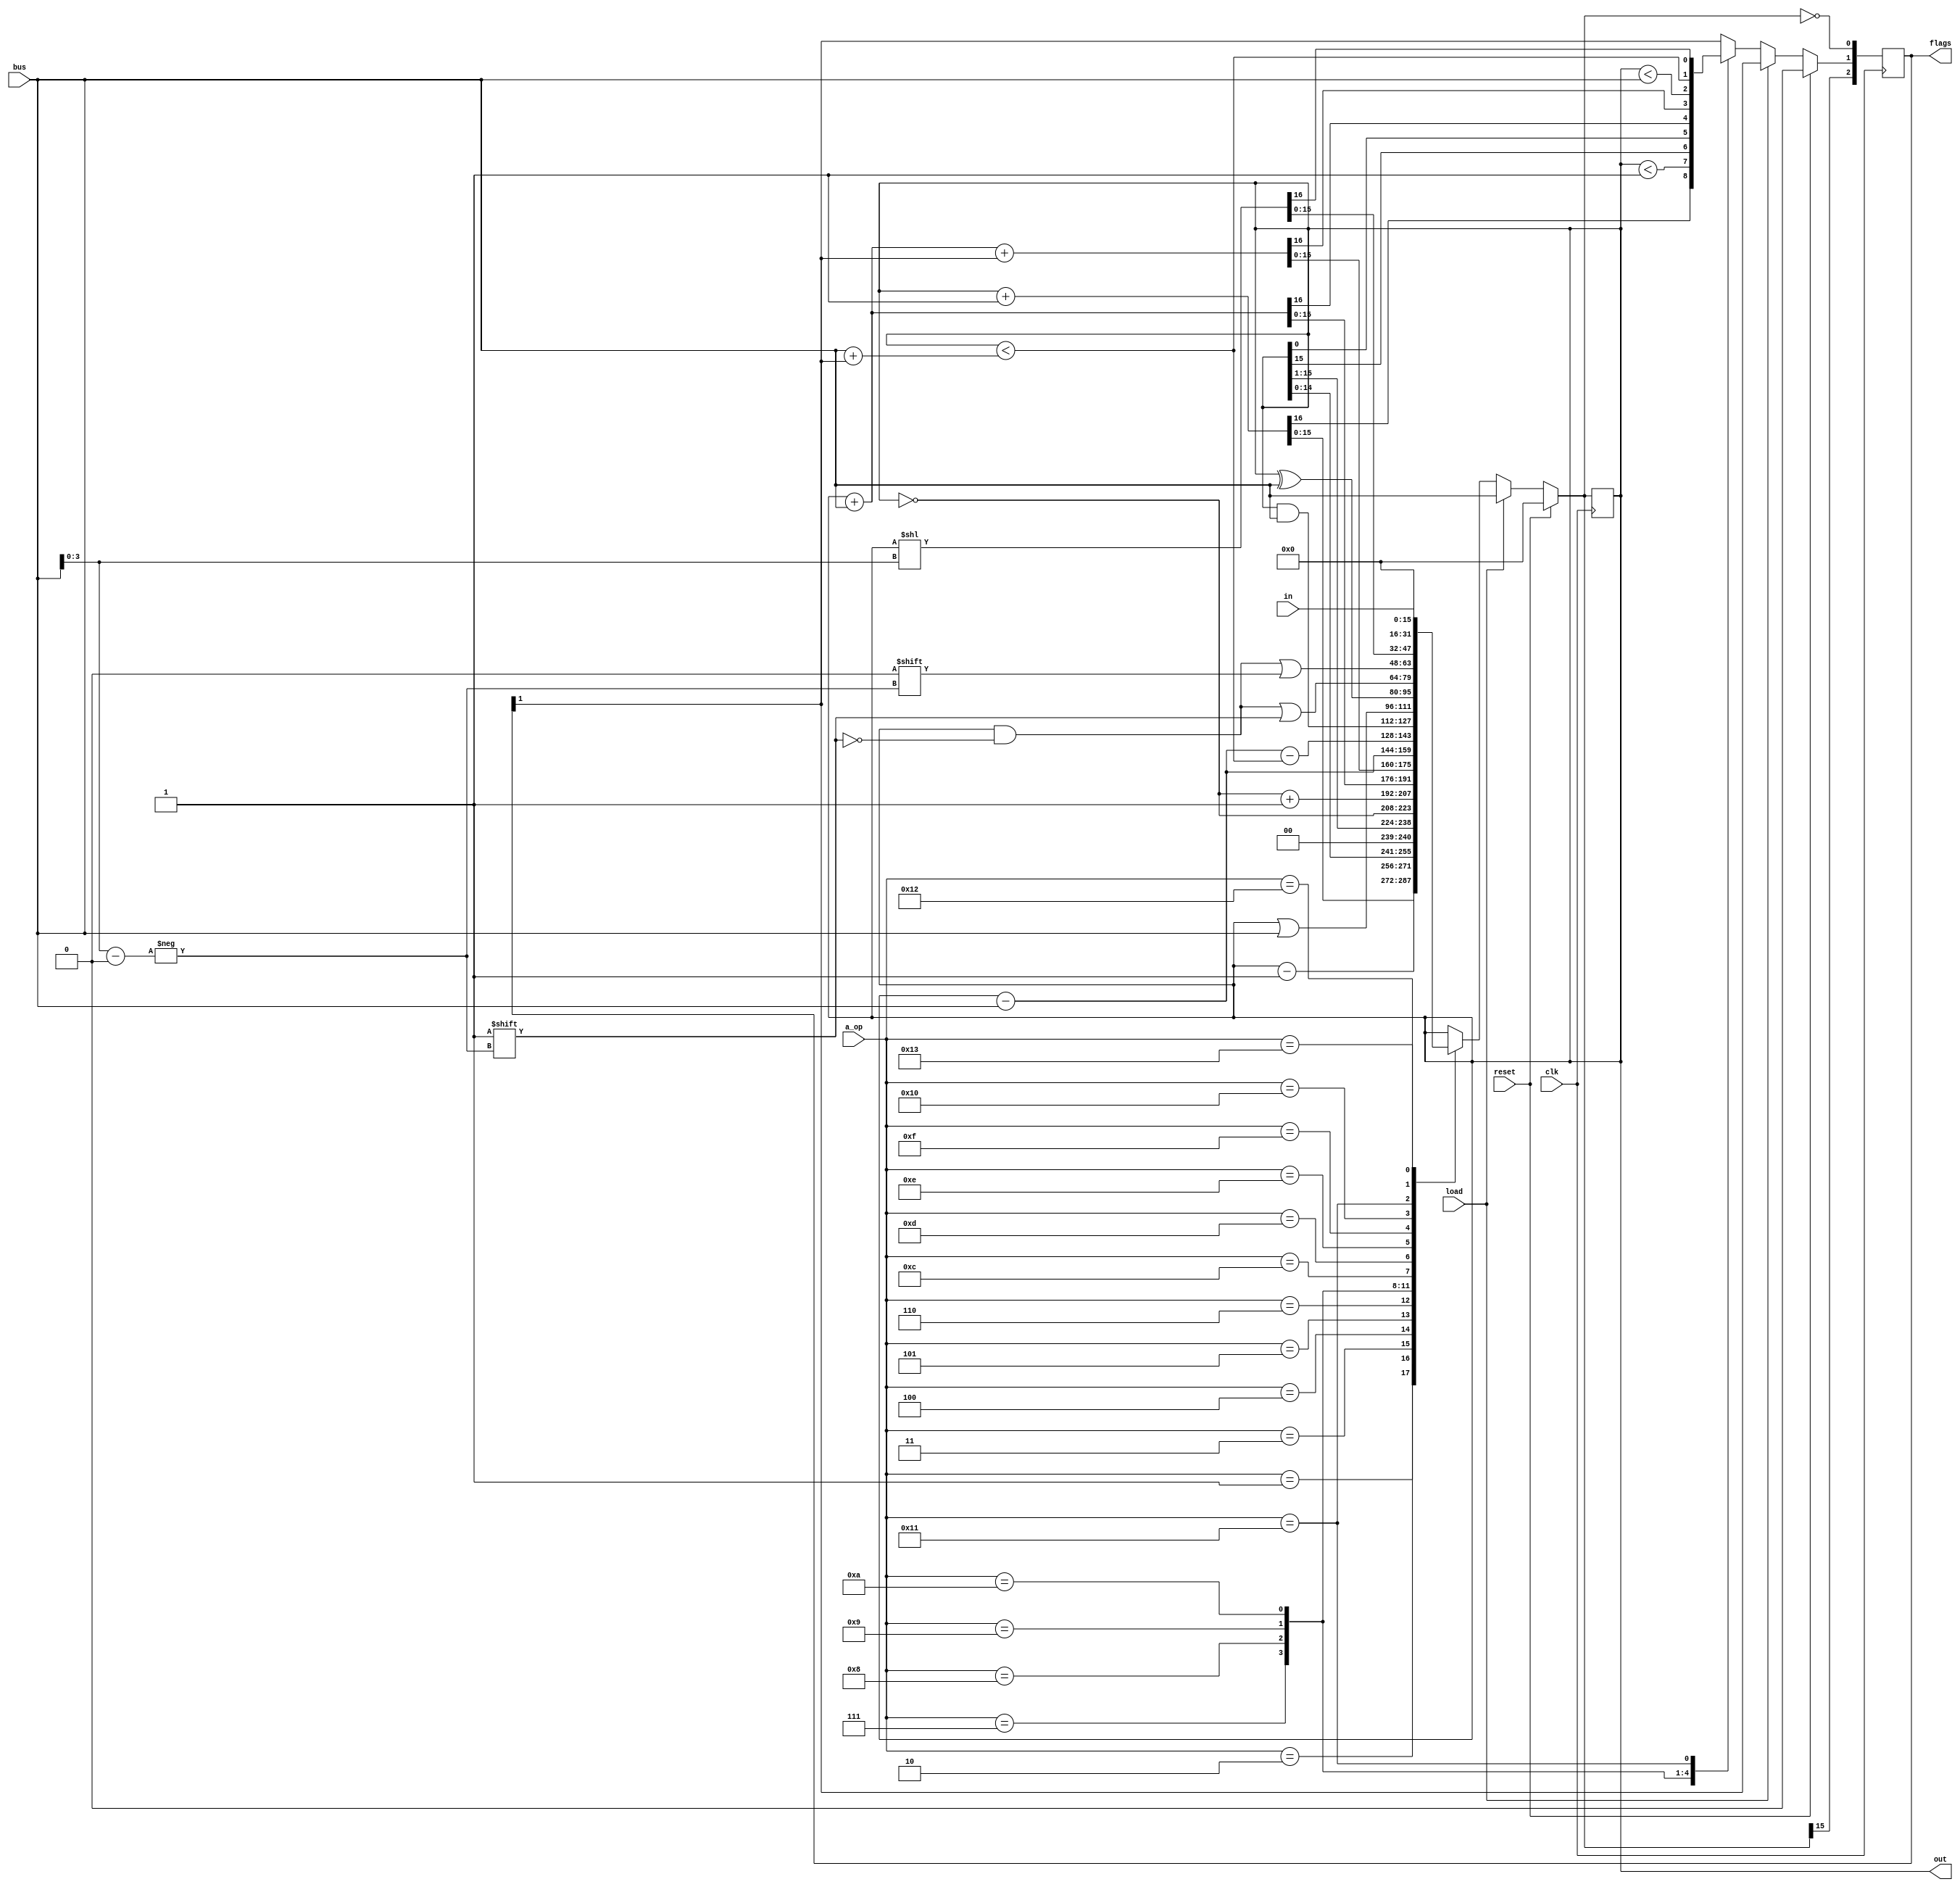
module a(
    input clk,
    input load,
    input[4:0] a_op,
    input[15:0] bus,
    input[15:0] in,
    output[15:0] out,
    output[2:0] flags,
    input reset
);

//a ops
localparam A_INC = 1;
localparam A_DEC = 2;
localparam A_RTL = 3;
localparam A_RTR = 4;
localparam A_NOT = 5;
localparam A_COM = 6;
localparam A_ADD = 7;
localparam A_ADC = 8;
localparam A_SUB = 9;
localparam A_SBB = 10;
localparam A_MOD = 11;
localparam A_AND = 12;
localparam A_OR = 13;
localparam A_XOR = 14;
localparam A_SET = 15;
localparam A_CLR = 16;
localparam A_BSL = 17;
localparam A_CLW = 18;
localparam A_IN_LOAD = 19;

//flags
localparam FLAG_Z = 0;
localparam FLAG_C = 1;
localparam FLAG_S = 2;

reg[15:0] a;
reg[2:0] flags;

initial begin
    a = 16'b0;
    flags = 3'b0;
end
always @(negedge clk) begin
    if (reset) begin
        a = 16'b0;
        flags = 3'b0;
    end else if (load) begin
        a <= bus;
    end else begin
        case (a_op)
            A_INC: begin
                {flags[FLAG_C], a} = a + 1;
            end
            A_DEC: begin
                flags[FLAG_C] = (a < 1);
                a = a - 1;
            end
            A_RTL: begin
                flags[FLAG_C] = a[15];
                a = a << 1;
            end
            A_RTR: begin
                flags[FLAG_C] = a[0];
                a = a >> 1;
            end
            A_NOT: begin
                a = ~a;
            end
            A_COM: begin
                a = ~a + 1;
            end 
            A_ADD: begin
                {flags[FLAG_C], a} = a + bus;
            end
            A_ADC: begin
                {flags[FLAG_C], a} = a + bus + flags[FLAG_C];
            end
            A_SUB: begin
                flags[FLAG_C] = (a < bus);
                a = a - bus;
            end
            A_SBB: begin
                flags[FLAG_C] = (a < (bus + flags[FLAG_C]));
                a = a - bus - flags[FLAG_C];
            end
//            A_MOD: begin
//                a = a % bus;
//            end
            A_AND: begin
                a = a & bus;
            end
            A_OR: begin
                a = a | bus;
            end
            A_XOR: begin
                a = a ^ bus;
            end
            A_SET: begin
                a[bus[3:0]] = 1;
            end
            A_CLR: begin
                a[bus[3:0]] = 0;
            end
            A_BSL: begin
                {flags[FLAG_C], a} = a << bus[3:0];//TODO: modify carry flag to detect overflow when the lowest lost bit is 0
            end
            A_CLW: begin
                a = 16'b0;
            end
            A_IN_LOAD: begin
                a = in;
            end
        endcase
    end
    flags[FLAG_Z] = (a == 0);
    flags[FLAG_S] = a[15];
end

assign out = a;

endmodule